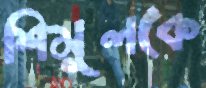
শিমূলকে